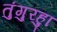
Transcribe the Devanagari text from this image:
तुंगुरहुा